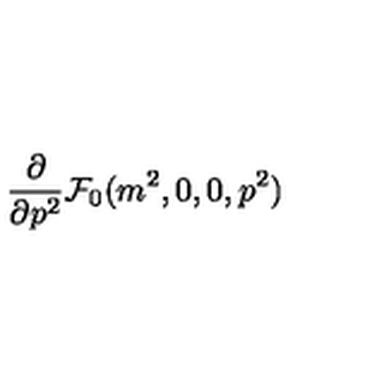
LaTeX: \frac { \partial } { \partial p ^ { 2 } } { \cal { F } } _ { 0 } ( m ^ { 2 } , 0 , 0 , p ^ { 2 } )